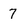
Character: 7